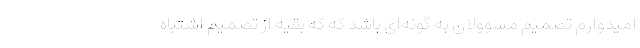
امیدوارم تصمیم مسوولان به گونه‌ای باشد که که بقیه از تصمیم اشتباه